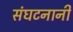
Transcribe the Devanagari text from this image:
संघटनानी